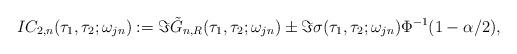
LaTeX: \begin{align*} IC_{2,n}(\tau_1, \tau_2;\omega_{jn}):= \Im\tilde G_{n,R}(\tau_1, \tau _2;\omega_{jn}) \pm\Im\sigma(\tau_1, \tau_2; \omega_{jn}) \Phi^{-1}(1-\alpha/2),\end{align*}